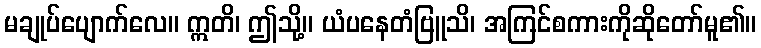
မချုပ်ပျောက်လေ။ ဣတိ၊ ဤသို့။ ယံပနေတံဗြူသိ၊ အကြင်စကားကိုဆိုတော်မူ၏။